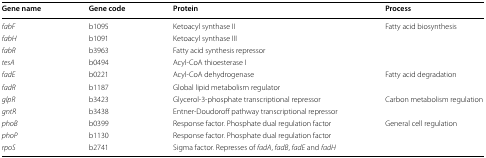
| Gene name | Gene code | Protein | Process |
 | --- | --- | --- | --- |
 | fabF | b1095 | Ketoacyl synthase II | <ROWSPAN=4> Fatty acid biosynthesis |
 | fabH | b1091 | Ketoacyl synthase III |
 | fabR | b3963 | Fatty acid synthesis repressor |
 | tesA | b0494 | Acyl-CoA thioesterase I |
 | fadE | b0221 | Acyl-CoA dehydrogenase | <ROWSPAN=2> Fatty acid degradation |
 | fadR | b1187 | Global lipid metabolism regulator |
 | glpR | b3423 | Glycerol-3-phosphate transcriptional repressor | <ROWSPAN=2> Carbon metabolism regulation |
 | gntR | b3438 | Entner-Doudoroff pathway transcriptional repressor |
 | phoB | b0399 | Response factor. Phosphate dual regulation factor | <ROWSPAN=3> General cell regulation |
 | phoP | b1130 | Response factor. Phosphate dual regulation factor |
 | rpoS | b2741 | Sigma factor. Represses of fadA, fadB, fadE and fadH |